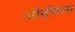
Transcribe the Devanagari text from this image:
जोडोकस